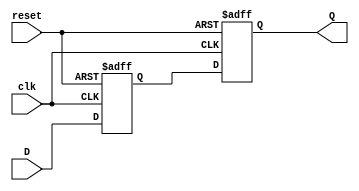
module SR_FlipFlop (
    input wire D,
    input wire clk,
    input wire reset,
    output reg Q
);

reg Q_master, Q_slave;

always @(posedge clk or posedge reset) begin
    if (reset) begin
        Q_master <= 1'b0;
        Q_slave <= 1'b1;
    end else begin
        Q_master <= D;
        Q_slave <= Q_master;
    end
end

assign Q = Q_slave;

endmodule